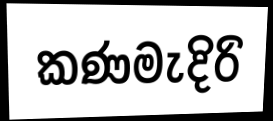
කණමැදිරි